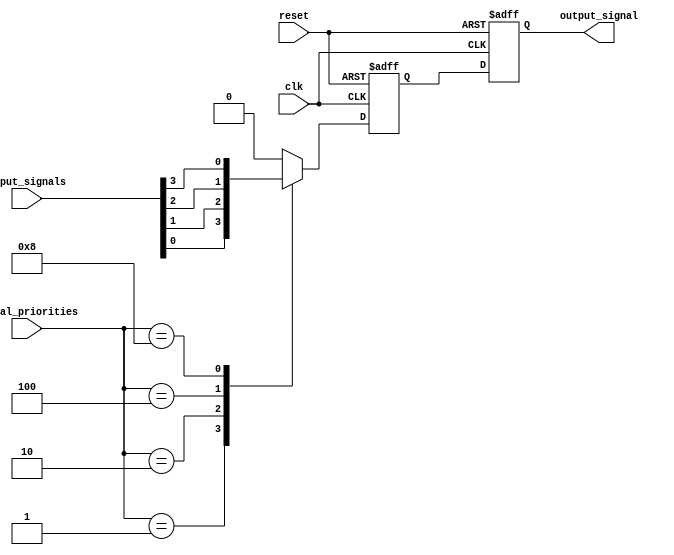
module PriorityBypass (
    input clk,
    input reset,
    input [3:0] signal_priorities,
    input [3:0] input_signals,
    output reg output_signal
);

reg [3:0] priority_signal;

always @(posedge clk or posedge reset) begin
    if (reset) begin
        priority_signal <= 4'b0000;
        output_signal <= 1'b0;
    end else begin
        // Determine the highest priority signal
        case(signal_priorities)
            4'b0001: priority_signal <= input_signals[0];
            4'b0010: priority_signal <= input_signals[1];
            4'b0100: priority_signal <= input_signals[2];
            4'b1000: priority_signal <= input_signals[3];
            default: priority_signal <= 4'b0000;
        endcase

        // Output the highest priority signal
        output_signal <= priority_signal;
    end
end

endmodule